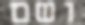
ושם